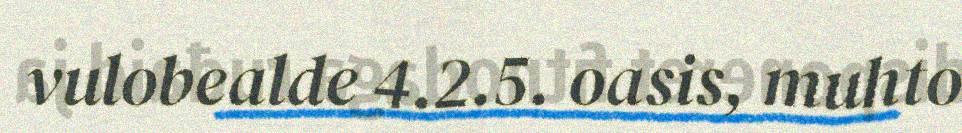
vulobealde 4.2.5. oasis, muhto